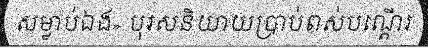
សម្លាប់ឯង» បុរសនិយាយប្រាប់ពស់បណ្តើរ